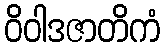
ဝိဝါဒဇာတိကံ